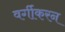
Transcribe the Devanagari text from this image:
वर्गीकरन